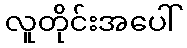
လူတိုင်းအပေါ်